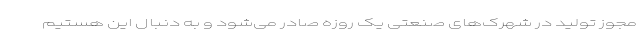
مجوز تولید در شهرک‌های صنعتی یک روزه صادر می‌شود و به دنبال این هستیم